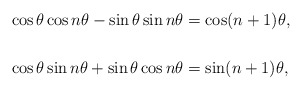
\begin{align*}\cos\theta\cos n\theta-\sin\theta\sin n\theta & =\cos(n+1)\theta,\\& \\\cos\theta\sin n\theta+\sin\theta\cos n\theta & =\sin(n+1)\theta,\end{align*}